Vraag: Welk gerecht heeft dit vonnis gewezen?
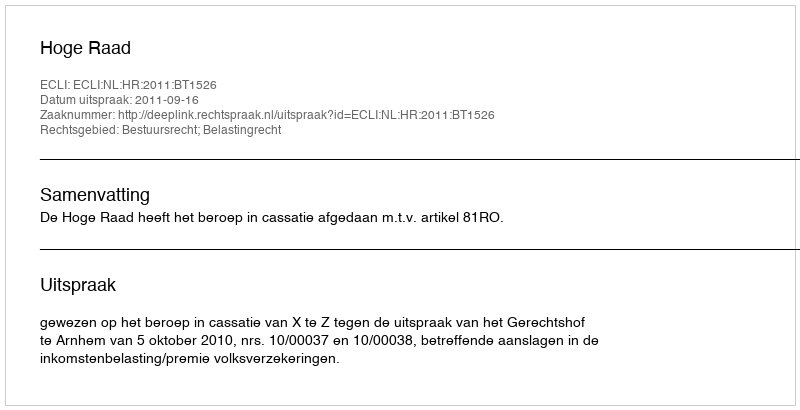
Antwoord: Hoge Raad